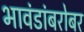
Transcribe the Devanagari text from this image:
भावंडांबरोबर